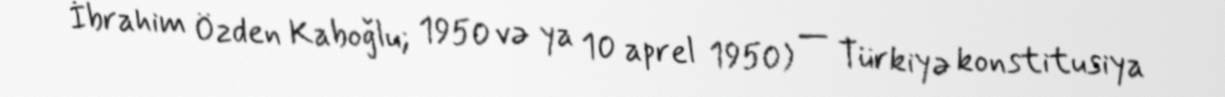
İbrahim Özden Kaboğlu; 1950 və ya 10 aprel 1950) — Türkiyə konstitusiya